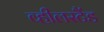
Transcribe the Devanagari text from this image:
व्हीलस्टैंड